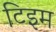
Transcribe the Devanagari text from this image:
टिइम